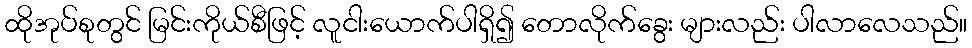
ထိုအုပ်စုတွင် မြင်းကိုယ်စီဖြင့် လူငါးယောက်ပါရှိ၍ တောလိုက်ခွေး များလည်း ပါလာလေသည်။